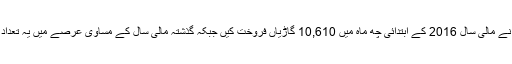
ہونڈاایٹلس پاکستان نے مالی سال 2016 کے ابتدائی چھ ماہ میں 10,610 گاڑیاں فروخت کیں جبکہ گذشتہ مالی سال کے مساوی عرصے میں یہ تعداد 8,578 رہی تھی۔